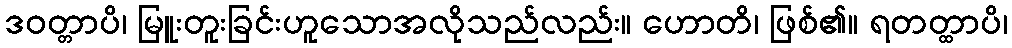
ဒဝတ္တာပိ၊ မြူးတူးခြင်းဟူသောအလိုသည်လည်း။ ဟောတိ၊ ဖြစ်၏။ ရတတ္ထာပိ၊